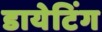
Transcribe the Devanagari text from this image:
डायेटिंग